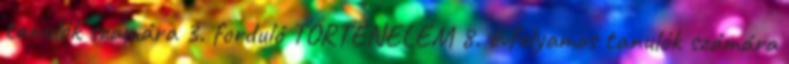
tanulók számára 3. forduló TÖRTÉNELEM 8. évfolyamos tanulók számára